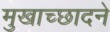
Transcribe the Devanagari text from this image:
मुखाच्छादने